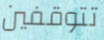
تتوقفين